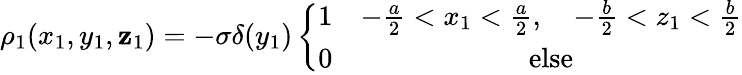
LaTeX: \rho_{1}(x_{1},y_{1},\mathbf{z}_{1})=-\sigma\delta(y_{1})\left\{ \begin{array}{cc}{1}&{-\frac{a}{2}<x_{1}<\frac{a}{2},\quad-\frac{b}{2}<z_{1}<\frac{b}{2}}\\ {0}&{\mathrm{else}}\end{array}\right.